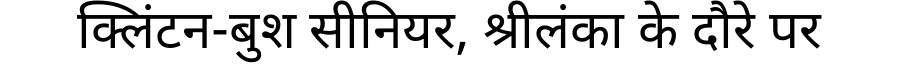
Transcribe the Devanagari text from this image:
क्लिंटन-बुश सीनियर, श्रीलंका के दौरे पर